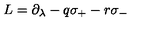
L = \partial _ { \lambda } - q \sigma _ { + } - r \sigma _ { - }